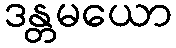
ဒန္တမယော